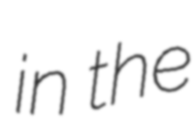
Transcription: in the